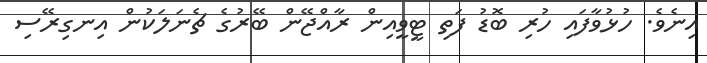
އިނެވެ. ހުޅުވާފައި ހުރި ބޮޑު ފަތި ޓީވީއިން ރާއްޖޭން ބޭރުގެ ޗެނަލަކުން އިނގިރޭސި